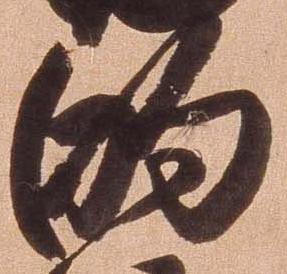
的